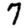
Digit: 7